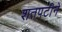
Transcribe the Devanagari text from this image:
शतपटीने